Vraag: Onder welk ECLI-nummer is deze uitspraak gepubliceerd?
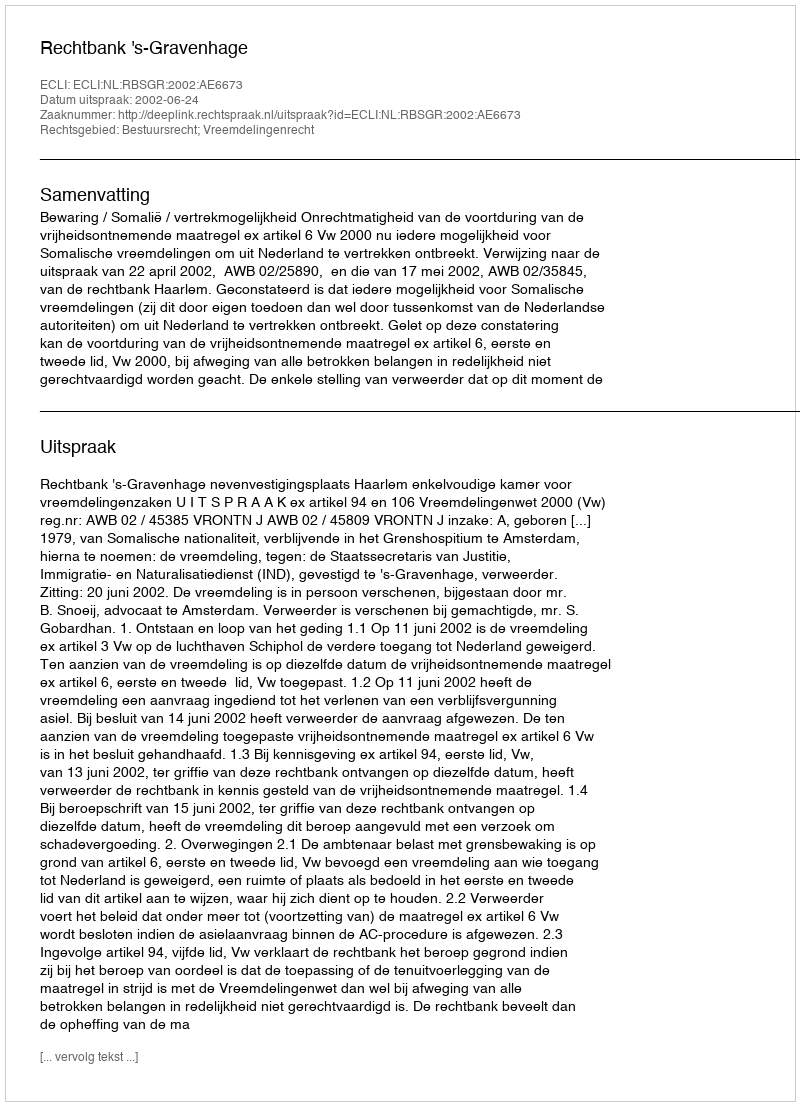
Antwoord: ECLI:NL:RBSGR:2002:AE6673